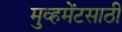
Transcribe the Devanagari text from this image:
मुव्हमेंटसाठी